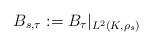
LaTeX: \begin{align*}B_{s,\tau}:=B_{\tau}|_{L^{2}(K,\rho_{s})}\end{align*}